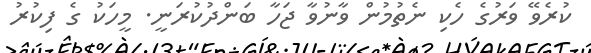
ކުރެވޭ ވަރުގެ ހެކި ނެތުމުން ވާނުވާ ޖަހާ ބަންދުކުރަނީ. މީހަކު ގެ ފިކުރު